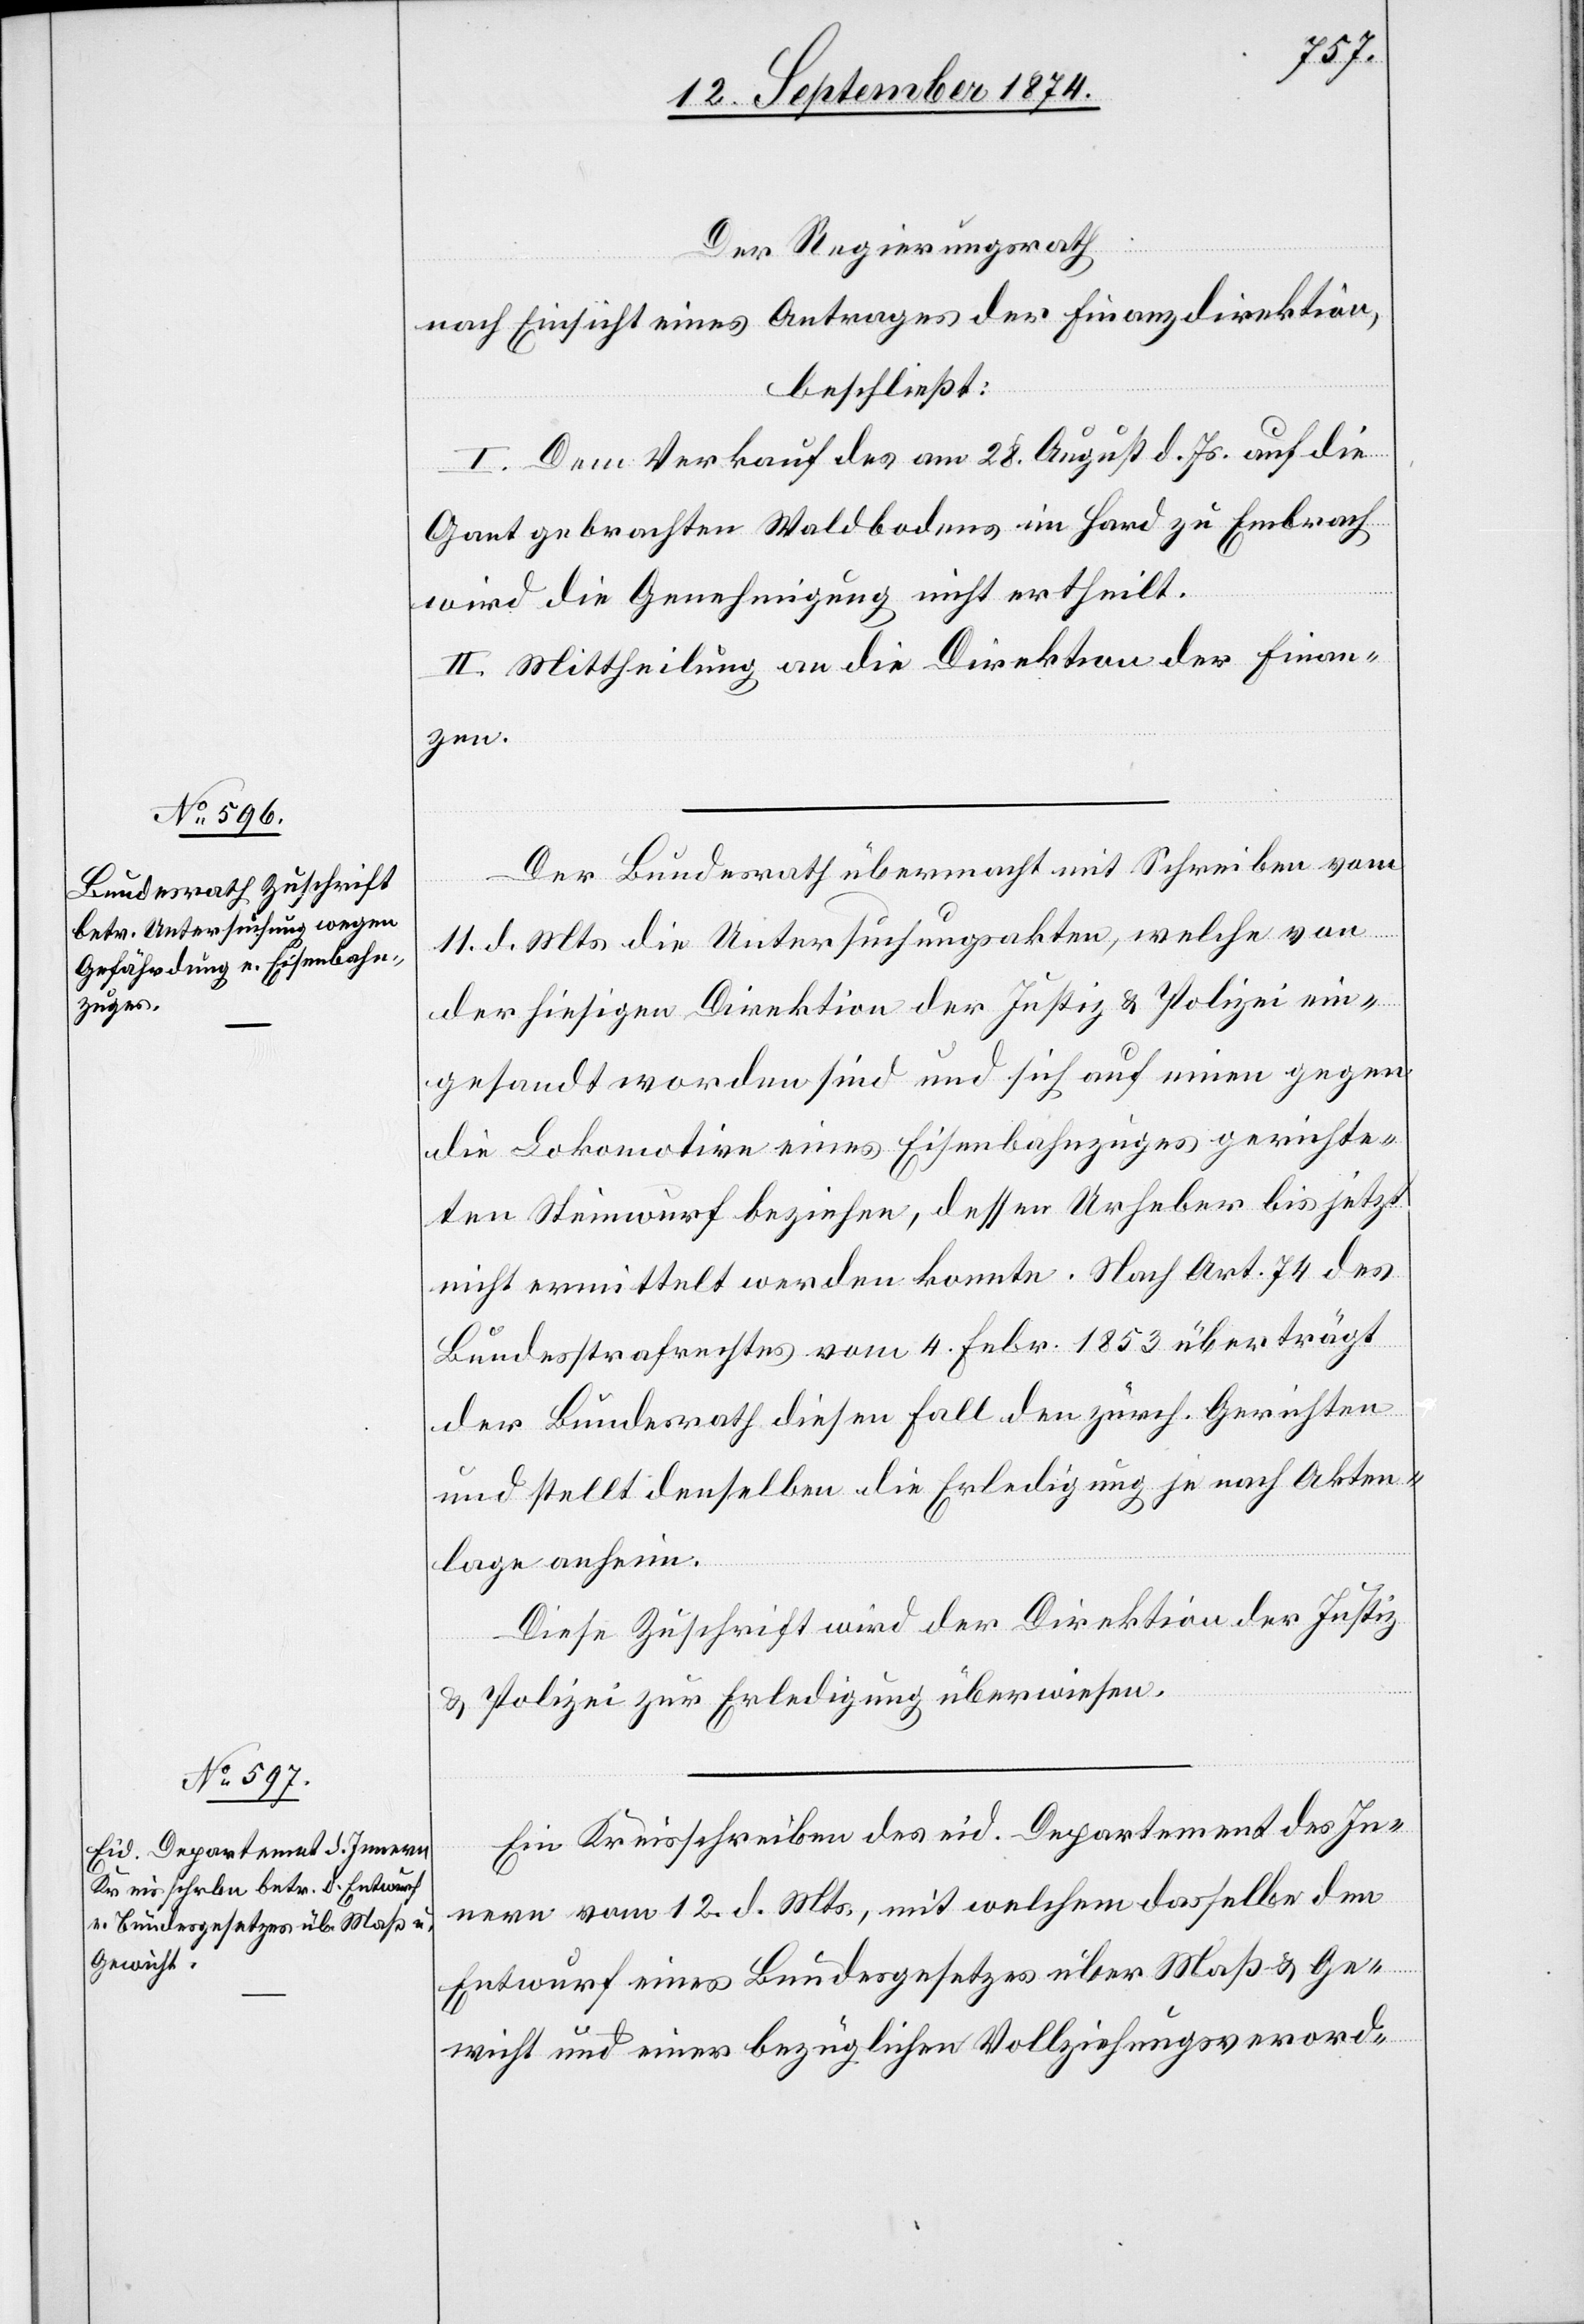
14. September 1874.]
Der Regierungsrath
nach Einsicht eines Antrages der Finanzdirektion,
beschließt:
I. Dem Verkauf des am 28. August d. Js. auf die
Gant gebrachten Waldbodens im Hard zu Embrach
wird die Genehmigung nicht ertheilt.
II. Mittheilung an die Direktion der Finan¬
zen.
Der Bundesrath übermacht mit Schreiben vom
11. d. Mts die Untersuchungsakten, welche von
der hiesigen Direktion der Justiz & Polizei ein¬
gesandt worden sind und sich auf einen gegen
die Lokomotive eines Eisenbahnzuges gerichte¬
ten Steinwurf beziehen, dessen Urheber bis jetzt
nicht ermittelt werden konnte. Nach Art. 74 des
Bundesstrafrechtes vom 4. Febr. 1853 überträgt
der Bundesrath diesen Fall den zürch. Gerichten
und stellt denselben die Erledigung je nach Akten¬
lage anheim.
Diese Zuschrift wird der Direktion der Justiz
& Polizei zur Erledigung überwiesen.
Ein Kreisschreiben des eid. Departement des In¬
nern vom 12. d. Mts., mit welchem dasselbe den
Entwurf eines Bundesgesetzes über Maß & Ge¬
wicht und einer bezüglichen Vollziehungsverord-